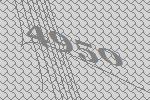
4950